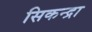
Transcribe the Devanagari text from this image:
सिकन्द्रा